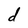
Character: d